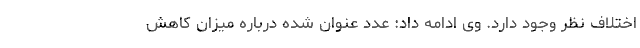
اختلاف نظر وجود دارد. وی ادامه داد: عدد عنوان شده درباره میزان کاهش